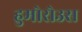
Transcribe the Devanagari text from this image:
हुमोरोउस